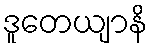
ဒူတေယျာနိ